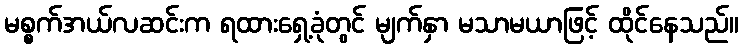
မစ္စက်အယ်လဆင်းက ရထားရှေ့ခုံတွင် မျက်နှာ မသာမယာဖြင့် ထိုင်နေသည်။